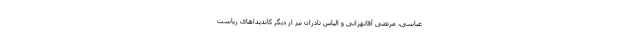
عباسی، مرتضی آقاتهرانی و الیاس نادران نیز از دیگر کاندیداهای ریاست